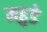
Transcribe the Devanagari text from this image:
महुडे